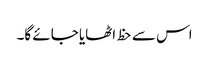
اس سے حظ اٹھایا جائے گا۔